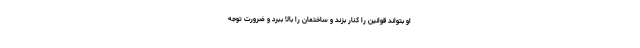
او بتواند قوانین را کنار بزند و ساختمان را بالا ببرد و ضرورت توجه